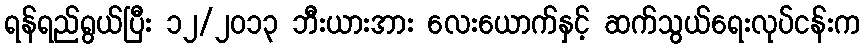
ရန်ရည်ရွယ်ပြီး ၁၂/၂၀၁၃ ဘီးယားအား လေးယောက်နှင့် ဆက်သွယ်ရေးလုပ်ငန်းက